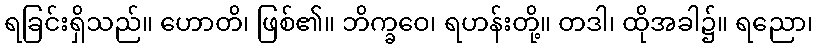
ရခြင်းရှိသည်။ ဟောတိ၊ ဖြစ်၏။ ဘိက္ခဝေ၊ ရဟန်းတို့။ တဒါ၊ ထိုအခါ၌။ ရညော၊